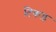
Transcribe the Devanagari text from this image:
टिकड़